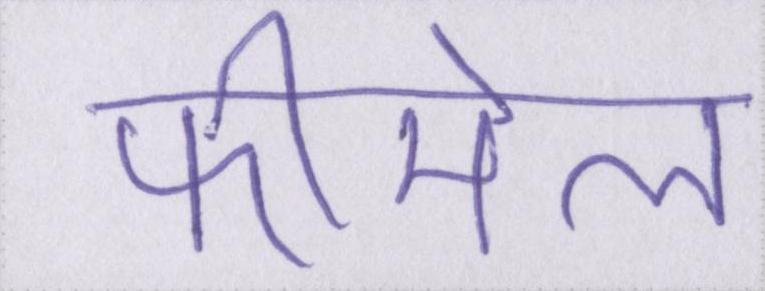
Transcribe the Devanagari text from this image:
फीमेल